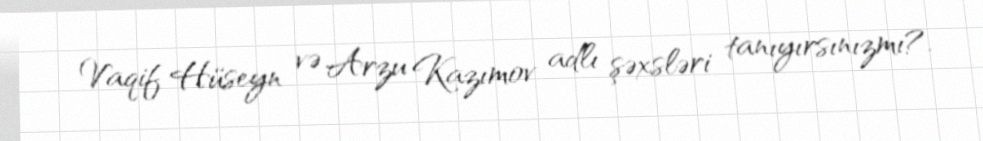
Vaqif Hüseyn və Arzu Kazımov adlı şəxsləri tanıyırsınızmı?.